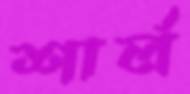
শার্ল